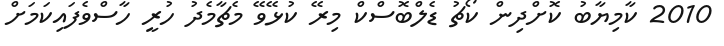
2010 ކާމިޔާބު ކޮށްދިން ކޯޗު ޑެލްބޮސްކް މިރޭ ކުޅޭވޭ މެޗާމެދު ހުރީ ހާސްވެފައިކަމަށް